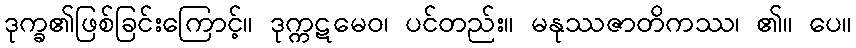
ဒုက္ခ၏ဖြစ်ခြင်းကြောင့်။ ဒုက္ကဋမေဝ၊ ပင်တည်း။ မနုဿဇာတိကဿ၊ ၏။ ပေ။